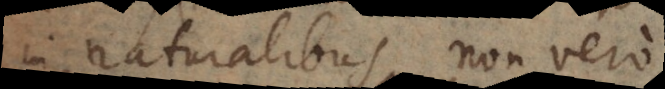
in naturalibus non vero